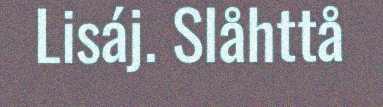
Lisáj. Slåhttå